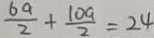
\frac { 6 a } { 2 } + \frac { 1 0 a } { 2 } = 2 4